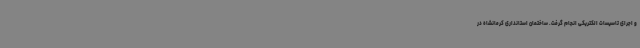
و اجرای تاسیسات الکتریکی انجام گرفت. ساختمان استانداری کرمانشاه در